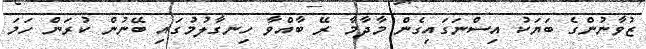
ޒުވާނުންގެ ބަޔަކު އިސްނަގައިގެން މާދާމާ ރޭ ބާއްވާ ހިނގާލުމުގައި ބޭނުން ކުރަން ހަމަ